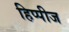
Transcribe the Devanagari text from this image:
हिप्पीज